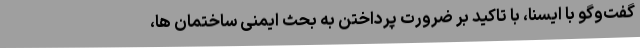
گفت‌وگو با ایسنا، با تاکید بر ضرورت پرداختن به بحث ایمنی ساختمان ها،